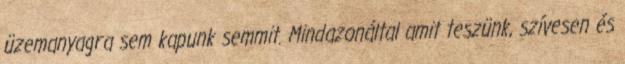
üzemanyagra sem kapunk semmit. Mindazonáltal amit teszünk, szívesen és